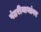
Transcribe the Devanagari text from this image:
पंढरीनाथांवर